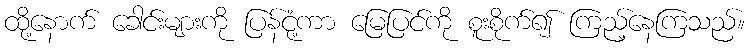
ထို့နောက် ခေါင်းများကို ပြန်ငုံ့ကာ မြေပြင်ကို စူးစိုက်၍ ကြည့်နေကြသည်။